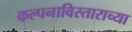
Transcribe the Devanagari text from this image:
कल्पनाविस्ताराच्या